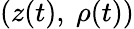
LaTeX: (z(t),\ \rho(t))